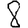
Digit: 8